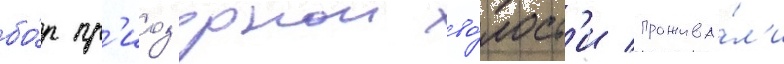
бо́р пр'иоз'ернои во́лост'и прожива́л'и